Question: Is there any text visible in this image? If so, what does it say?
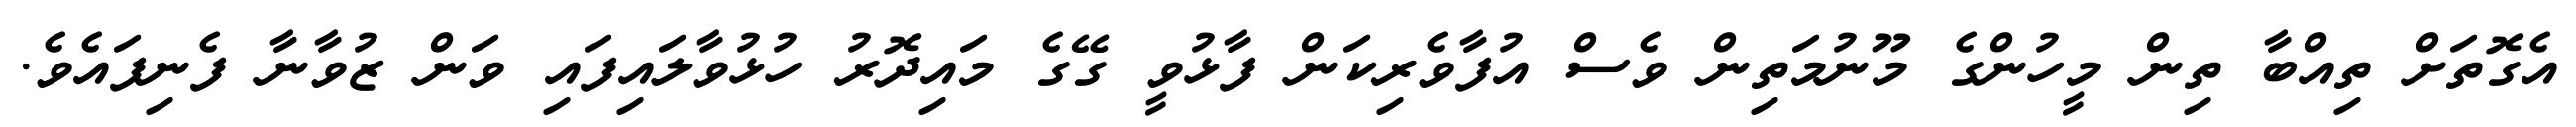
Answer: އެގޮތަށް ތިއްބާ ތިން މީހުންގެ މޫނުމަތިން ވެސް އުފާވެރިކަން ފާޅުވީ ގޭގެ މައިދޮރު ހުޅުވާލައިފައި ވަން ޒުވާނާ ފެނިފައެވެ.